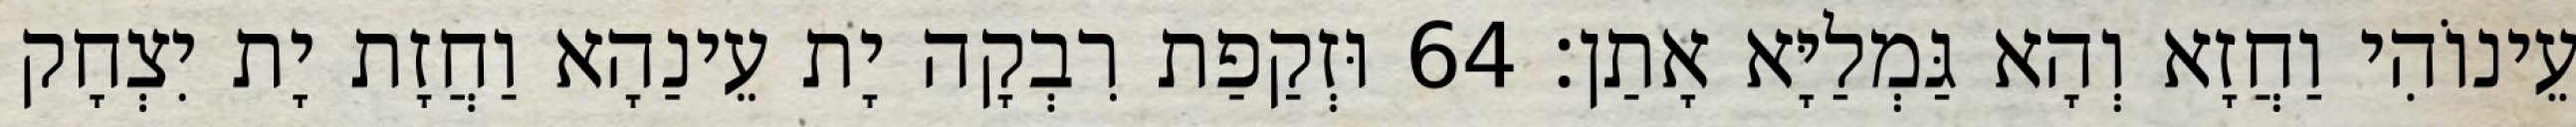
עֵינוֹהִי וַחֲזָא וְהָא גַּמְלַיָּא אָתַן׃ 64 וּזְקַפַת רִבְקָה יָת עֵינַהָא וַחֲזָת יָת יִצְחָק